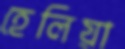
হেলিয়া